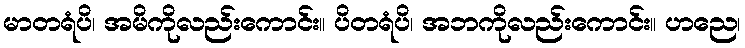
မာတရံပိ၊ အမိကိုလည်းကောင်း။ ပိတရံပိ၊ အဘကိုလည်းကောင်း။ ဟညေ၊